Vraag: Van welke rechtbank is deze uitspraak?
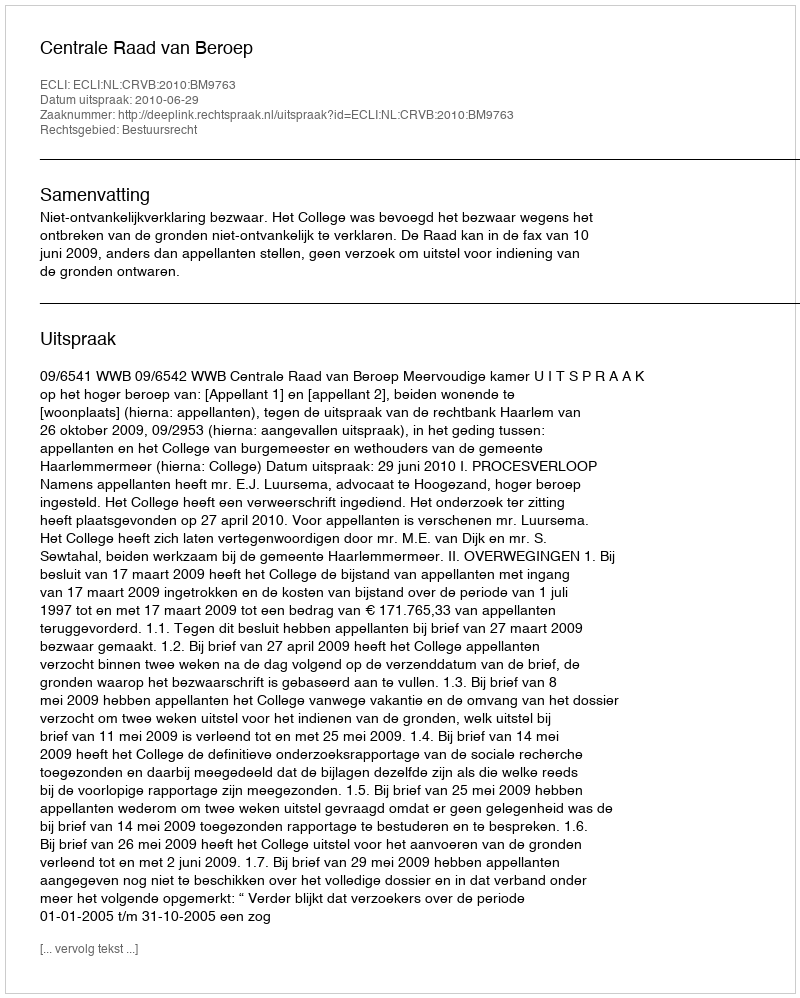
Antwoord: Centrale Raad van Beroep